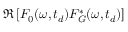
\mathfrak { R } \left[ F _ { 0 } ( \omega , t _ { d } ) F _ { G } ^ { * } ( \omega , t _ { d } ) \right]